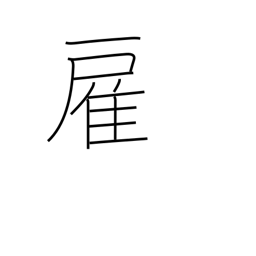
Meaning: hire